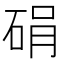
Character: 𪿠